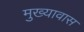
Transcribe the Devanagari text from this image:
मुख्यावास